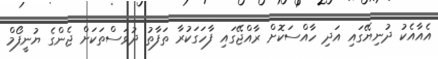
އެއާއެކު ދުނިޔޭގައި އަދި ހާއްސަކޮށް ރާއްޖޭގައި ފާހަގަކުރާ ތަފާތު ދުވަސްތަކަށް ޖެންގެ ޔުނީފޯމް